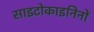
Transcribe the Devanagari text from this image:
साइटोकाइनिनों